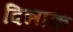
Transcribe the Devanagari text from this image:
दिन्नाक